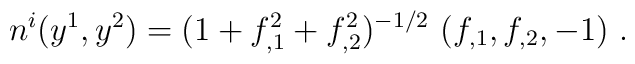
n^{i}(y^1,y^2)= (1+f_{,1}^2+f_{,2}^2)^{-1/2}\, \left(f_{,1}, f_{,2}, -1\right)\, .